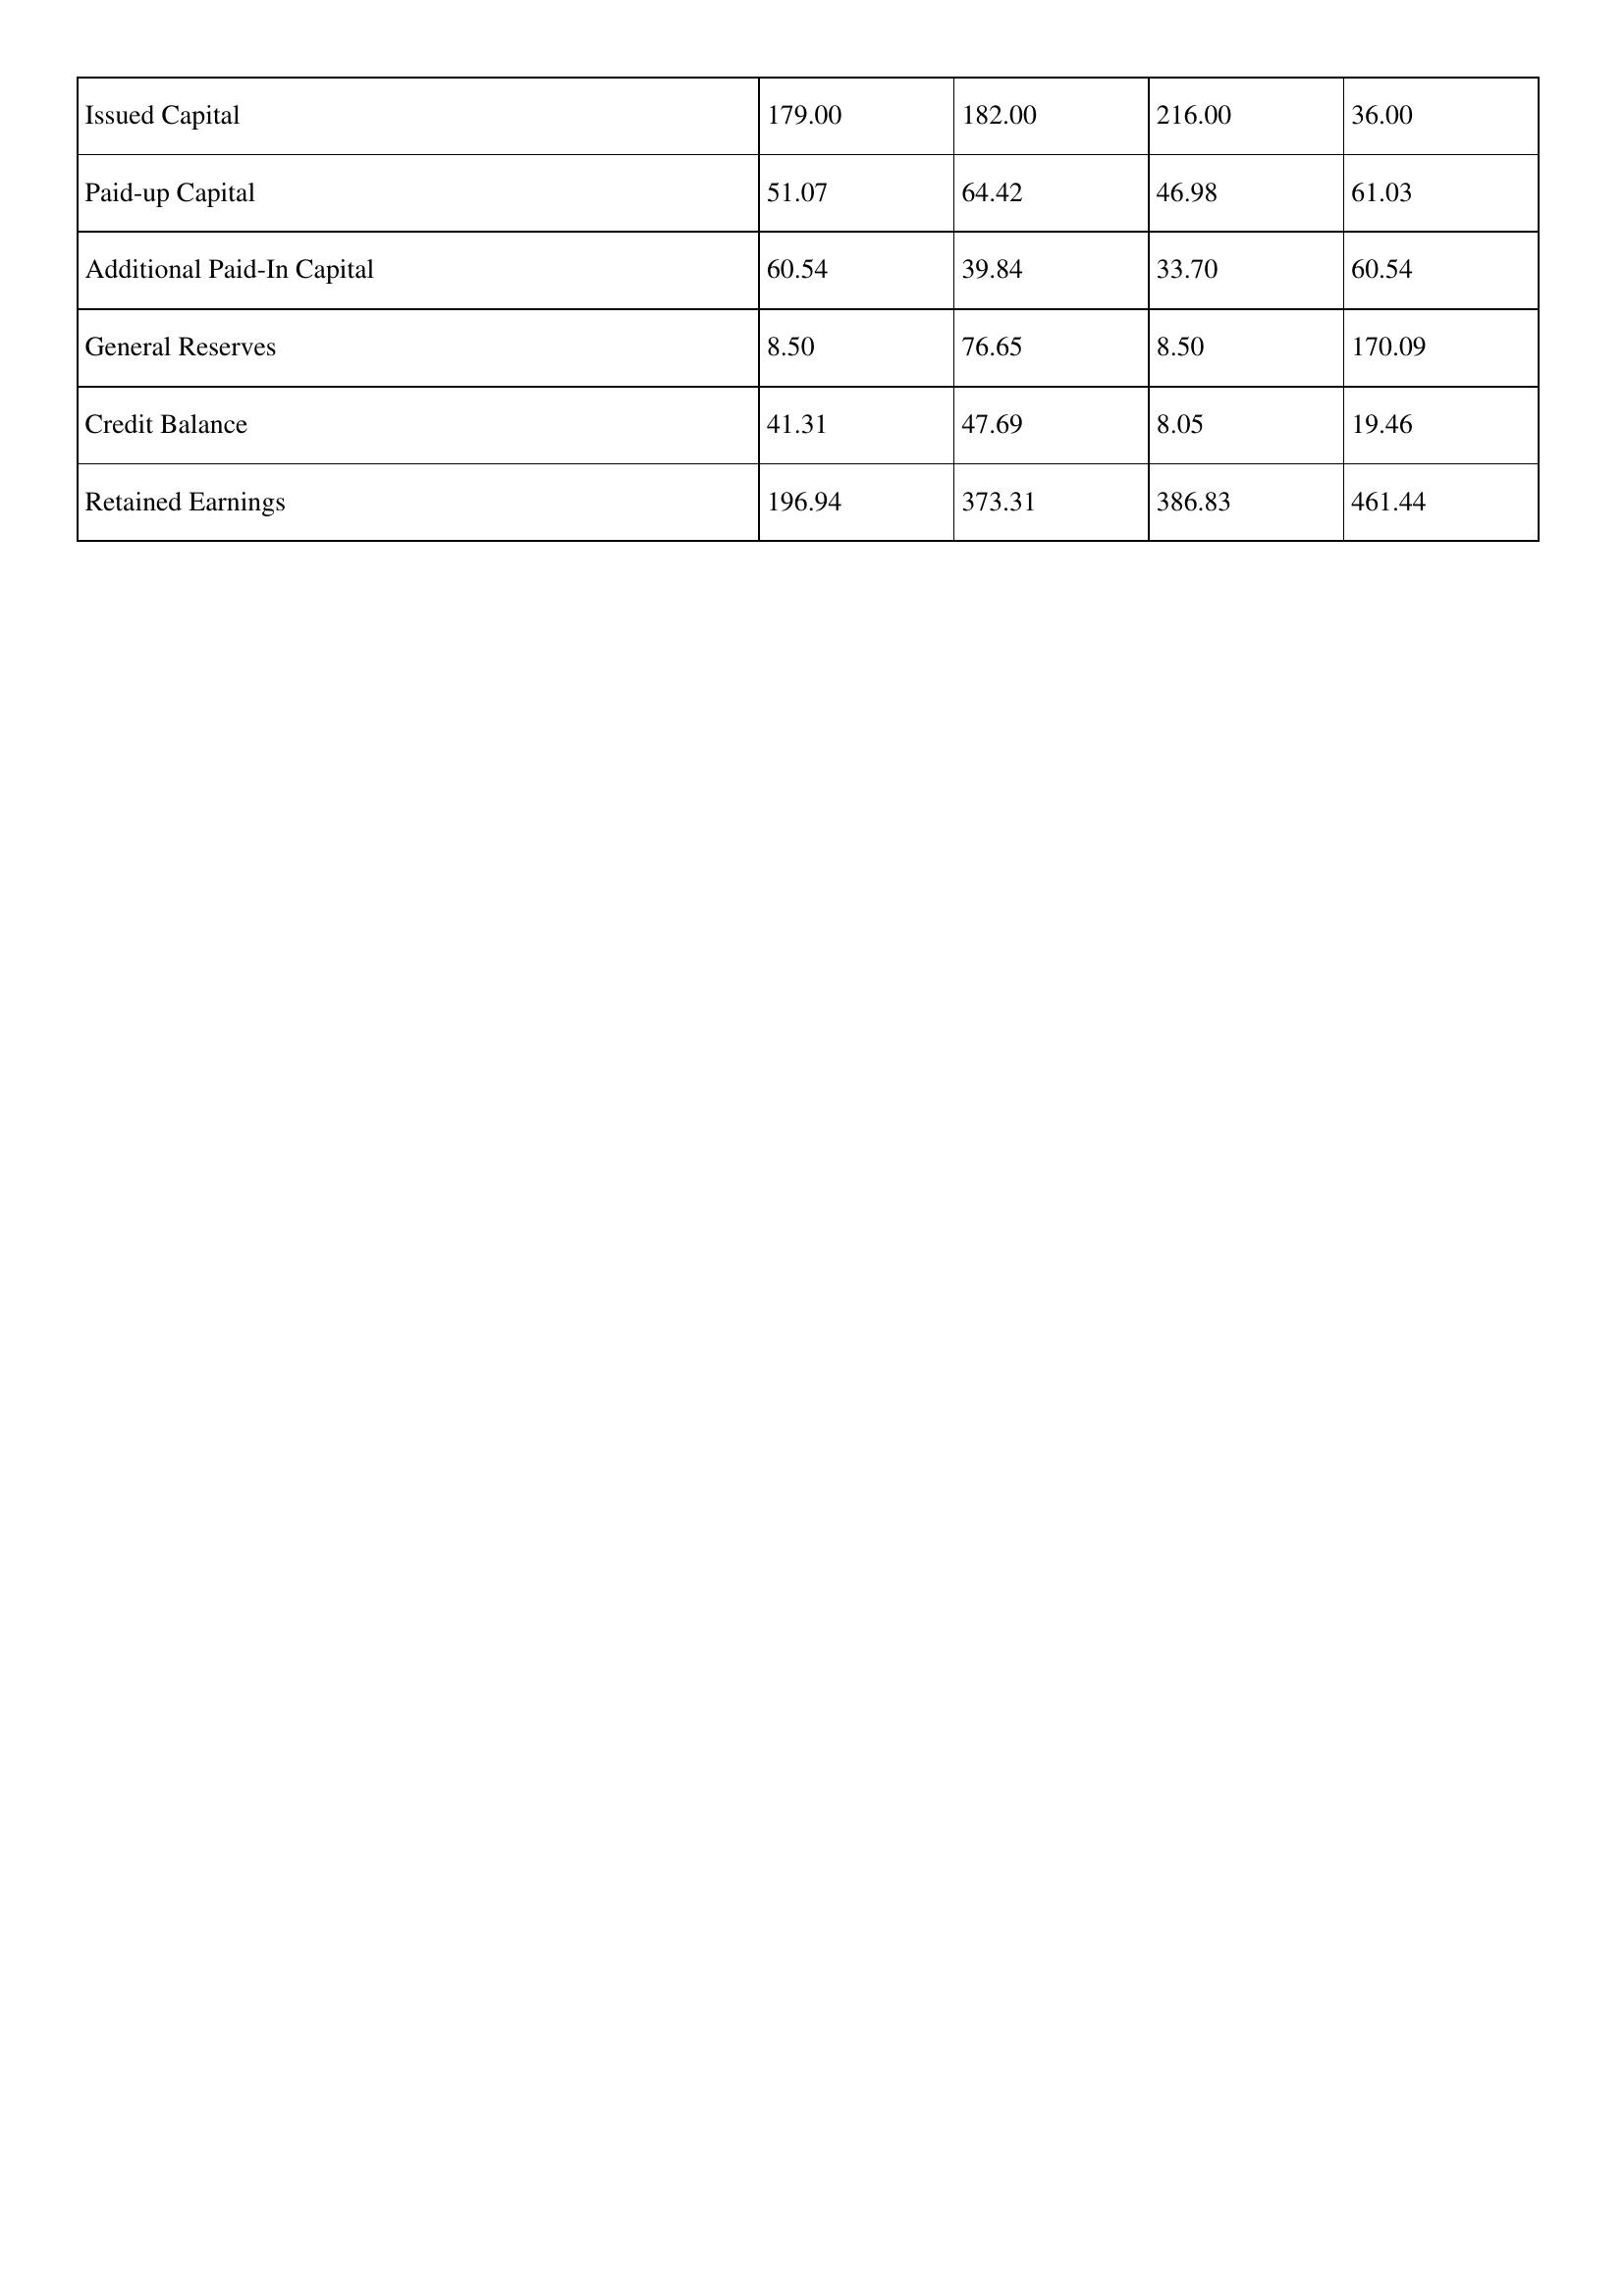
gt_parse: 2012: Issued Capital: 179.00
Paid-up Capital: 51.07
Additional Paid-In Capital: 60.54
General Reserves: 8.50
Credit Balance: 41.31
Retained Earnings: 196.94
2011: Issued Capital: 182.00
Paid-up Capital: 64.42
Additional Paid-In Capital: 39.84
General Reserves: 76.65
Credit Balance: 47.69
Retained Earnings: 373.31
2010: Issued Capital: 216.00
Paid-up Capital: 46.98
Additional Paid-In Capital: 33.70
General Reserves: 8.50
Credit Balance: 8.05
Retained Earnings: 386.83
2009: Issued Capital: 36.00
Paid-up Capital: 61.03
Additional Paid-In Capital: 60.54
General Reserves: 170.09
Credit Balance: 19.46
Retained Earnings: 461.44